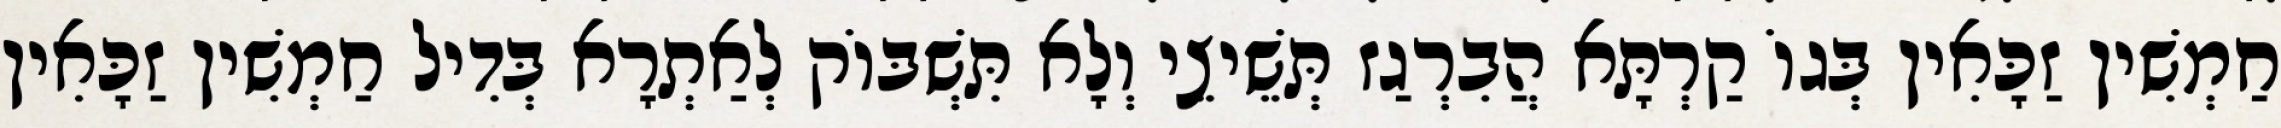
חַמְשִׁין זַכָּאִין בְּגוֹ קַרְתָּא הֲבִרְגַז תְּשֵׁיצֵי וְלָא תִּשְׁבּוֹק לְאַתְרָא בְּדִיל חַמְשִׁין זַכָּאִין